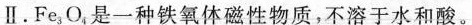
Ⅱ。Fe _ { 3 }O _ { 4 }，是一种铁氧体磁性物质，不溶于水和酸。